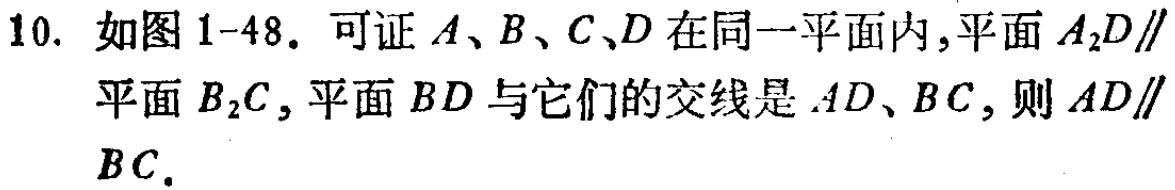
10. 如图1-48. 可证\(A、B、C、D\)在同一平面内,平面\(A_{2}D\parallel\)平面\(B_{2}C\), 平面\(BD\)与它们的交线是\(AD、BC\), 则\(AD\parallel BC\).